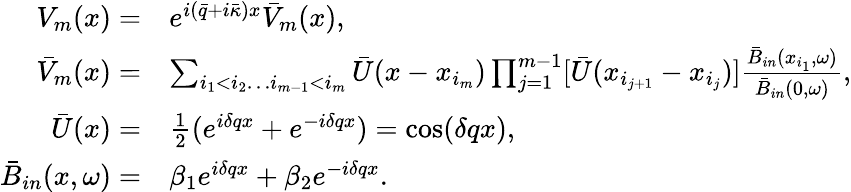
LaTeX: \begin{array}{rl}{V_{m}(x)=}&{e^{i(\bar{q}+i\bar{\kappa})x}\bar{V}_{m}(x),}\\ {\bar{V}_{m}(x)=}&{\sum_{i_{1}<i_{2}\ldots i_{m-1}<i_{m}}\bar{U}(x-x_{i_{m}})\prod_{j=1}^{m-1}[\bar{U}(x_{i_{j+1}}-x_{i_{j}})]\frac{\bar{B}_{in}(x_{i_{1}},\omega)}{\bar{B}_{in}(0,\omega)},}\\ {\bar{U}(x)=}&{\frac{1}{2}(e^{i\delta qx}+e^{-i\delta qx})=\cos(\delta qx),}\\ {\bar{B}_{in}(x,\omega)=}&{\beta_{1}e^{i\delta qx}+\beta_{2}e^{-i\delta qx}.}\end{array}